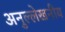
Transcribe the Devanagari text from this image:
अनुल्लेखनीय